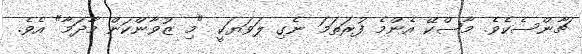
ޗާންސެކެވެ. މާސްކޭ އެންމެ ފުރަތަމަ ނެގި ލަވަޔަކީ "މި ޒުވާންކަން މާދަމާ" އެވެ.